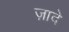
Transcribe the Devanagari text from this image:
ज़ादे